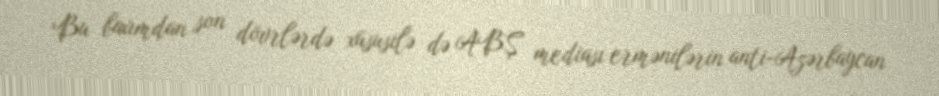
Bu baxımdan son dövrlərdə xüsusilə də ABŞ mediası ermənilərin anti-Azərbaycan